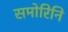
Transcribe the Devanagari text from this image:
समोरिनि